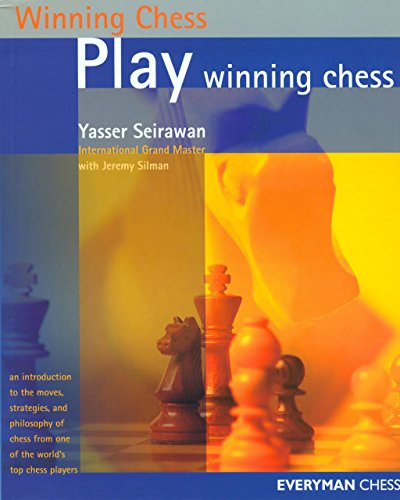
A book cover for Play Winning Chess (Everyman Chess); Yasser Seirawan; Humor & Entertainment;